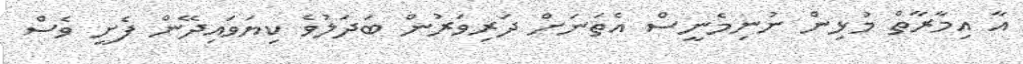
އާ އިމާރާތް މުޅިން ނުނިމެނީސް އެތަނަށް ދަރިވަރުން ބަދަލުވެ ކިޔަވައިދޭން ފެށީ ވެސް